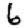
Digit: 6